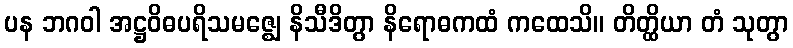
ပန ဘဂဝါ အဋ္ဌဝိဓပရိသမဇ္ဈေ နိသီဒိတွာ နိရောဓကထံ ကထေသိ။ တိတ္ထိယာ တံ သုတွာ